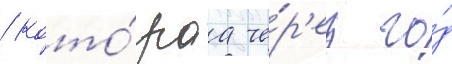
/ кото́раа че́р'ез го́д